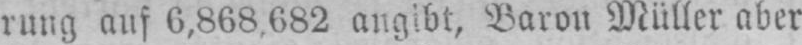
rung auf 6,868.682 angibt, Baron Müller aber